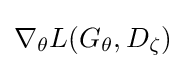
\nabla _{\theta }L(G_{\theta },D_{\zeta })